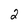
Character: 2